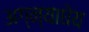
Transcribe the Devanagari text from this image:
अग्न्याधेय